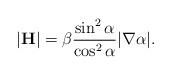
LaTeX: \begin{align*} |\textbf{H}|=\beta\frac{\sin^2\alpha}{\cos^2\alpha}|\nabla\alpha|.\end{align*}